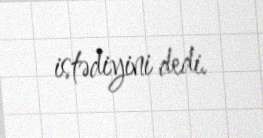
istədiyini dedi.